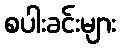
စပါးခင်းများ